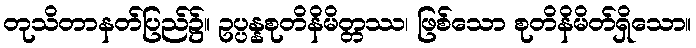
တုသိတာနတ်ပြည်၌။ ဥပ္ပန္နစုတိနိမိတ္တဿ၊ ဖြစ်သော စုတိနိမိတ်ရှိသော။